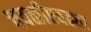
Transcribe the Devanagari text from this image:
चवळीएवढ्या